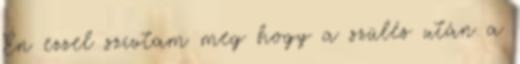
Én ezzel szívtam meg hogy a szülés után a